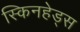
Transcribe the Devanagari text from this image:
स्किनहेड्स